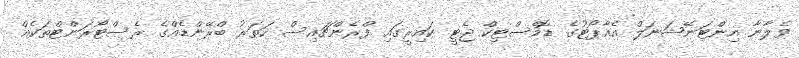
ވެލާނާ އިންޓަނޭޝަނަލް އެއާޕޯޓުގެ ޑޮމެސްޓިކް ޖެޓީ ކައިރީގައި ފްރެންޗައިސް ހަތަރު ބްރޭންޑެއްގެ ރެސްޓޯރަންޓްތަކެއް